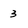
Character: 3